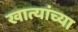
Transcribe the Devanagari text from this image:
खात्यांच्या